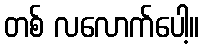
တစ် လလောက်ပေါ့။